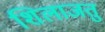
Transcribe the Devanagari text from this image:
शिलाजतु